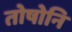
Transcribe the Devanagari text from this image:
तोषोनि